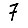
Digit: 7